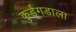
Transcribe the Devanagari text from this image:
कुर्डूगडाला